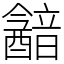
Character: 韽